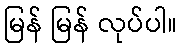
မြန် မြန် လုပ်ပါ။